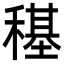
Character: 𮃤